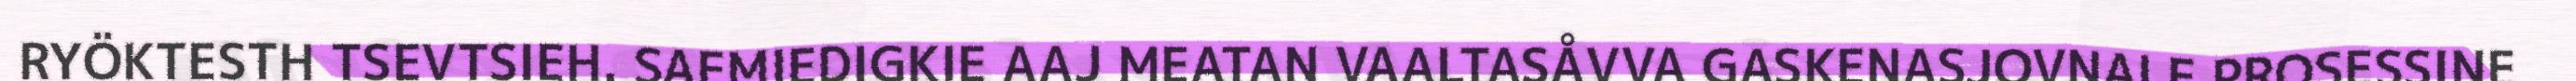
RYÖKTESTH TSEVTSIEH. SAEMIEDIGKIE AAJ MEATAN VAALTASÅVVA GASKENASJOVNALE PROSESSINE